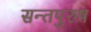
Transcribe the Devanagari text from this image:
सन्तपुरुष